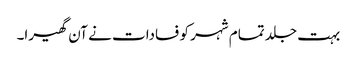
بہت جلد تمام شہر کو فسادات نے آن گھیرا۔